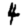
Digit: 4